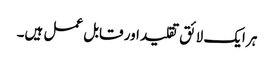
ہر ایک لائق تقلید اور قابل عمل ہیں۔